Leaving Certificate Examination (including Day School Certificate (Higher) General paper), 1930
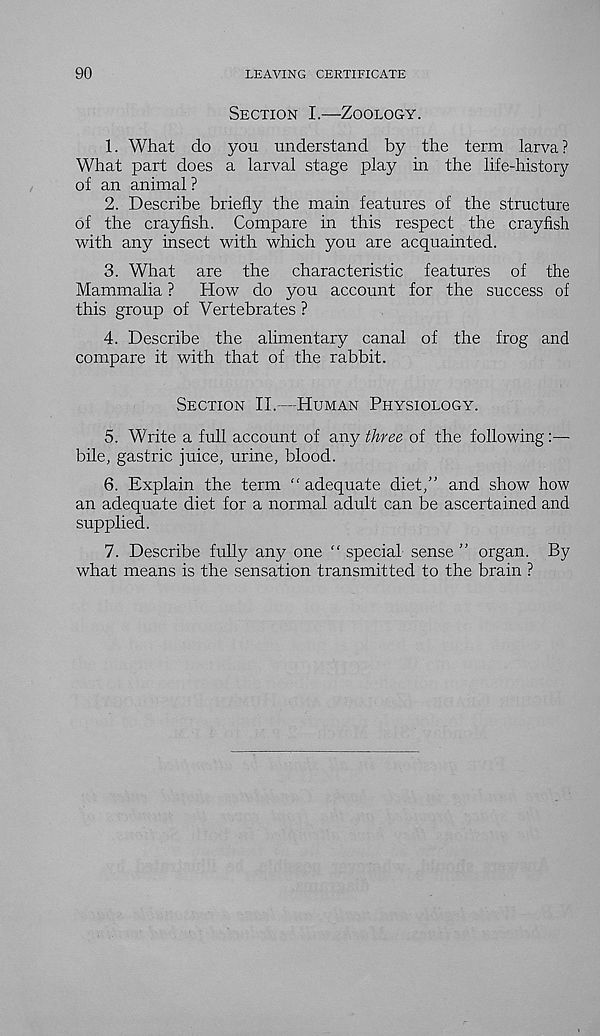
90
LEAVING CERTIFICATE
Section I.—Zoology.
1. What do you understand by the term larva?
What part does a larval stage play in the life-history
of an animal ?
2. Describe briefly the main features of the structure
of the crayfish. Compare in this respect the crayfish
with any insect with which you are acquainted.
3. What are the characteristic features of the
Mammalia ?
How do you account for the success of
this group of Vertebrates ?
4. Describe the alimentary canal of the frog and
compare it with that of the rabbit.
Section II.—Human Physiology.
5. Write a full account of any three of the following:—
bile, gastric juice, urine, blood.
6. Explain the term “ adequate diet/' and show how
an adequate diet for a normal adult can be ascertained and
supplied.
7. Describe fully any one “ special sense ” organ. By
what means is the sensation transmitted to the brain ?